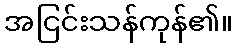
အငြင်းသန်ကုန်၏။